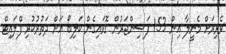
ވެރިރަށް މެނީލާ އިން 153 ފަސިންޖަރުން ގޮވައިގެން ކަލިބޯ އަށް ދަތުރުކުރި ފްލައިޓް